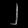
Digit: ၂